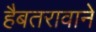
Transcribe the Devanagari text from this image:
हैबतरावाने